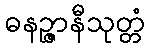
ဓနဉ္ဇာနီသုတ္တံ